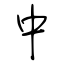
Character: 中